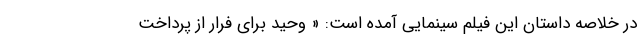
در خلاصه داستان این فیلم سینمایی آمده است: « وحید برای فرار از پرداخت